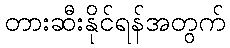
တားဆီးနိုင်ရန်အတွက်